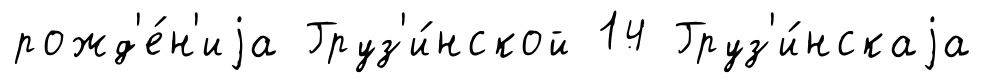
рожд'е́н'иjа Груз'и́нской 14 Груз'и́нскаjа